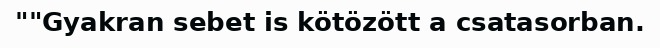
""Gyakran sebet is kötözött a csatasorban.